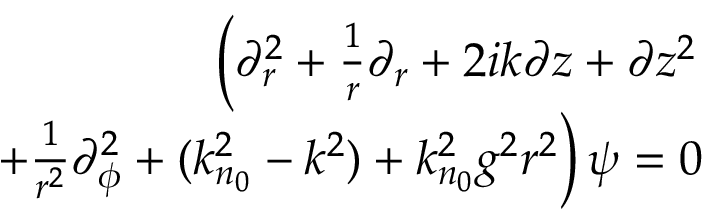
\begin{array} { r l r } & { } & { \left( \partial _ { r } ^ { 2 } + \frac { 1 } { r } \partial _ { r } + 2 i k \partial z + \partial z ^ { 2 } \right. } \\ & { } & { \left. + \frac { 1 } { r ^ { 2 } } \partial _ { \phi } ^ { 2 } + ( k _ { n _ { 0 } } ^ { 2 } - k ^ { 2 } ) + k _ { n _ { 0 } } ^ { 2 } g ^ { 2 } r ^ { 2 } \right) \psi = 0 } \end{array}